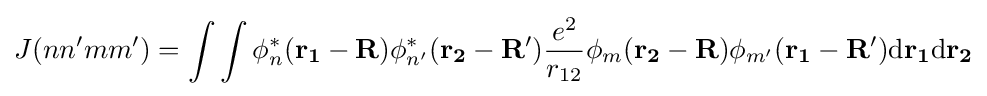
J(nn'mm')=\int \int \phi _{n}^{*}(\mathbf {r_{1}} -\mathbf {R} )\phi _{n'}^{*}(\mathbf {r_{2}} -\mathbf {R'} ){\frac {e^{2}}{r_{12}}}\phi _{m}(\mathbf {r_{2}} -\mathbf {R} )\phi _{m'}(\mathbf {r_{1}} -\mathbf {R'} )\mathrm {d} \mathbf {r_{1}} \mathrm {d} \mathbf {r_{2}}